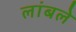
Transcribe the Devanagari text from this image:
लांबले